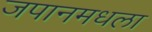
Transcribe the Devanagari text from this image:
जपानमधला